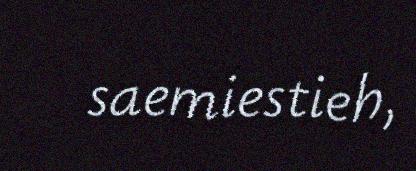
saemiestieh,